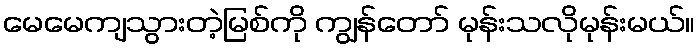
မေမေကျသွားတဲ့မြစ်ကို ကျွန်တော် မုန်းသလိုမုန်းမယ်။